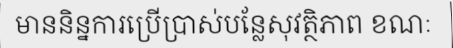
មាននិន្នការប្រើប្រាស់បន្លែសុវត្ថិភាព ខណៈ